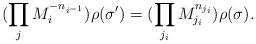
LaTeX: \begin{align*}(\prod_j M_{i}^{-n_{i^{-1}}} ) \rho(\sigma') = (\prod_{j_i} M_{j_i}^{n_{j_i}}) \rho(\sigma).\end{align*}